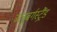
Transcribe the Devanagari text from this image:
ब्‍लूबर्गस्‍ट्रैंड